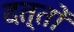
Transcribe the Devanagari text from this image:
दत्तों